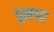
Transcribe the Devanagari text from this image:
पूनाचा